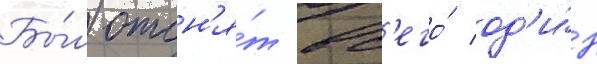
Бы́л отсн'я́т вс'его́ од'и́н